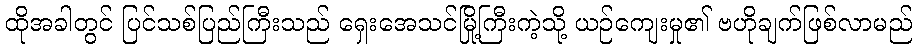
ထိုအခါတွင် ပြင်သစ်ပြည်ကြီးသည် ရှေးအေသင်မြို့ကြီးကဲ့သို့ ယဉ်ကျေးမှု၏ ဗဟိုချက်ဖြစ်လာမည်